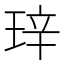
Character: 𬍧